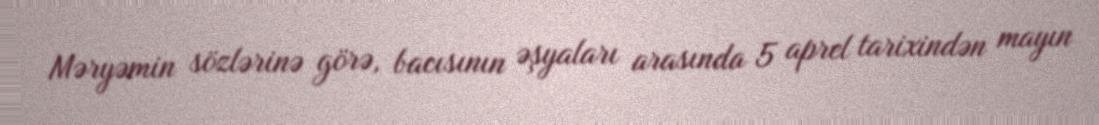
Məryəmin sözlərinə görə, bacısının əşyaları arasında 5 aprel tarixindən mayın